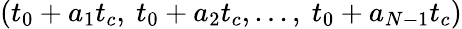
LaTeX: (t_{0}+a_{1}t_{c},\ t_{0}+a_{2}t_{c},...,\ t_{0}+a_{N-1}t_{c})